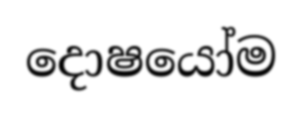
දොෂයෝම